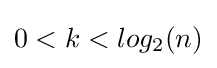
0<k<log_{2}(n)